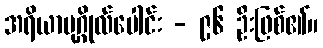
အရိယာပုဂ္ဂိုလ်ပေါင်း - ၉၆ ဦးဖြစ်၏။